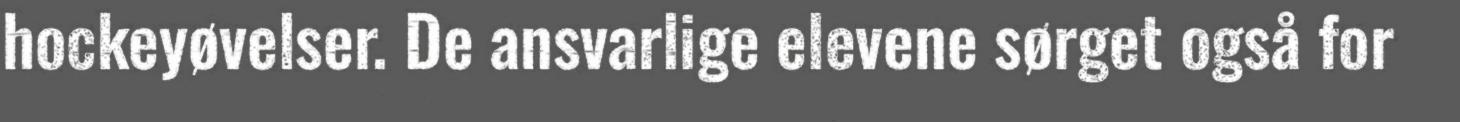
hockeyøvelser. De ansvarlige elevene sørget også for